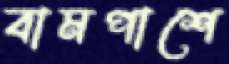
বামপাশে